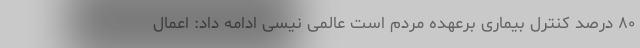
۸۰ درصد کنترل بیماری برعهده مردم است عالمی نیسی ادامه داد: اعمال